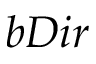
b D i r